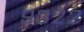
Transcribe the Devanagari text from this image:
९३२२